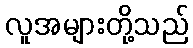
လူအများတို့သည်